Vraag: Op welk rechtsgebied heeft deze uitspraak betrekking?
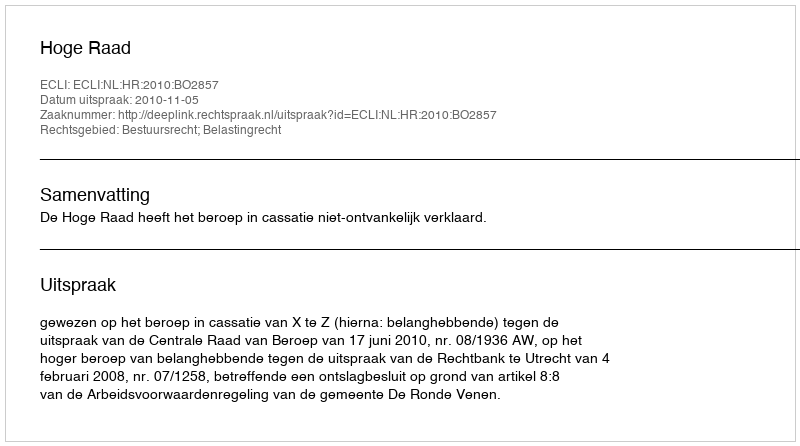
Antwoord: Bestuursrecht; Belastingrecht